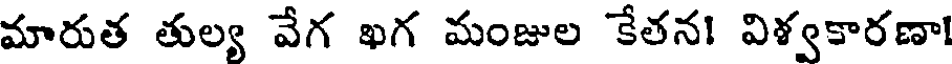
మారుత తుల్య వేగ ఖగ మంజుల కేతన! విళ్వకారణా